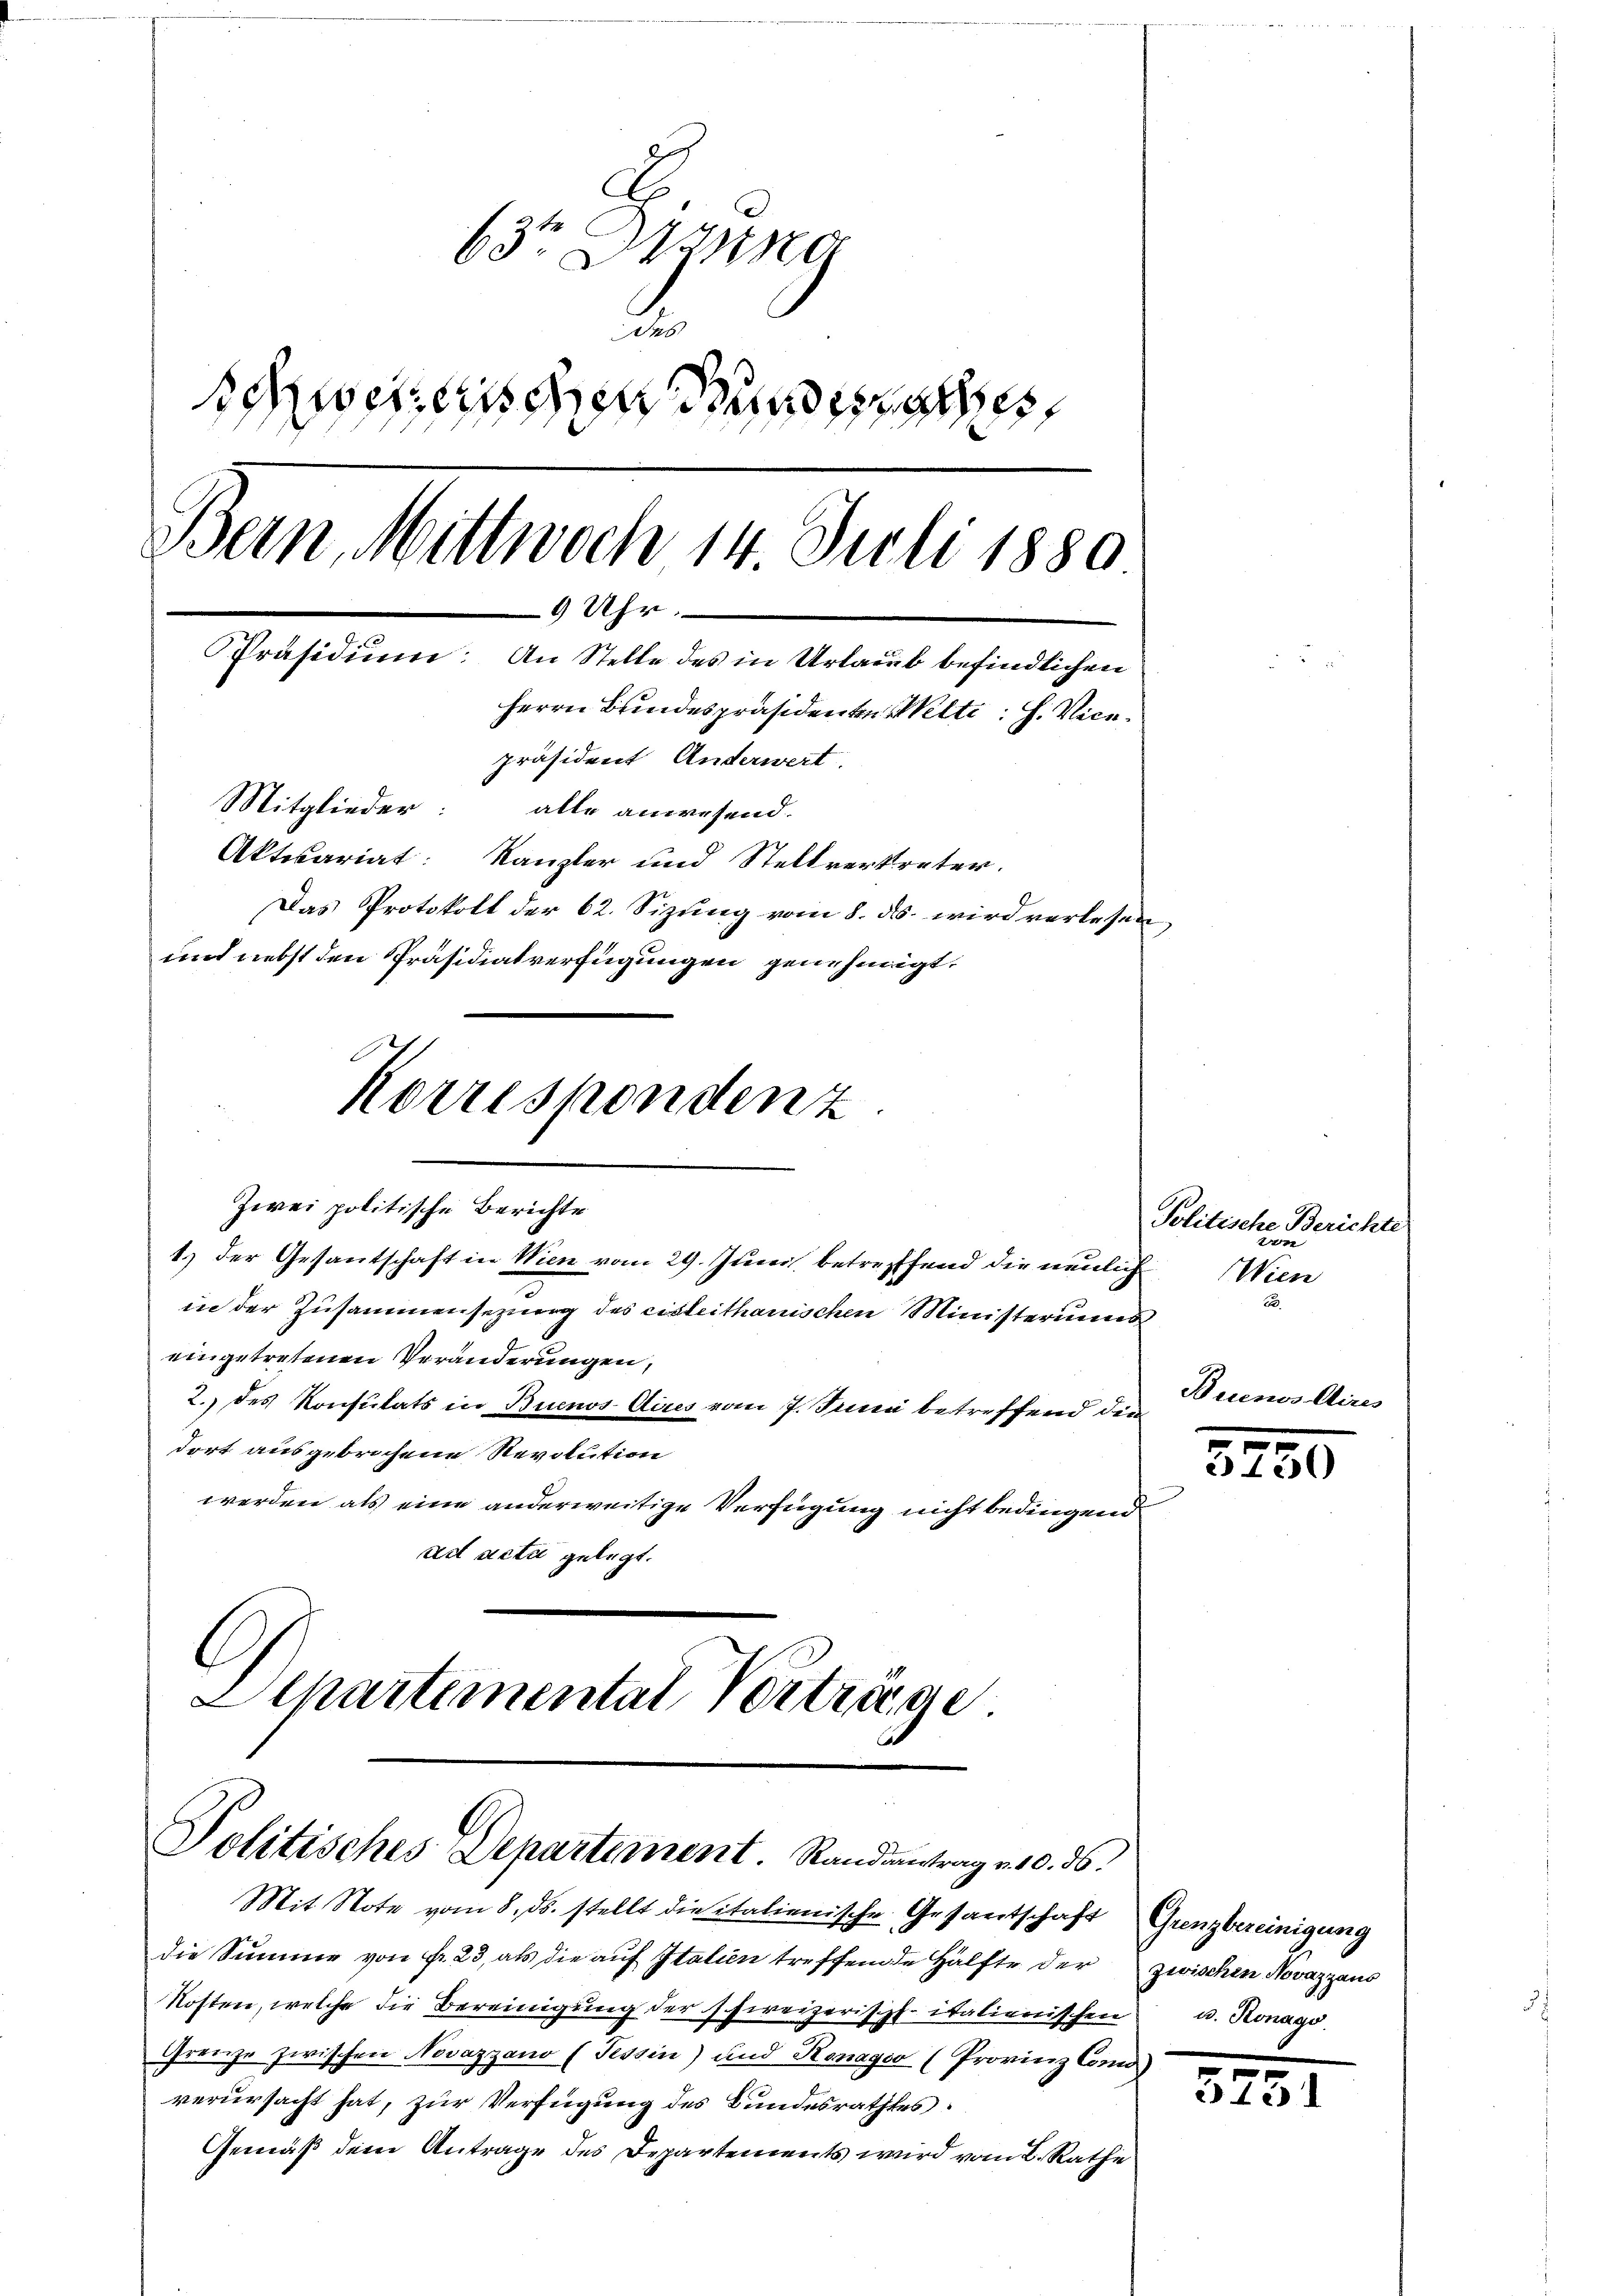
63te Hanno
.
Schweizerischen Stunde
Bern, Mittwoch 14. Juli 1880
9 Uhr.
e
Präsidium. An Stelle des in Urlaub befindlichen
Herrn Bundespräsidenten Welte. H. Vicepräsident Anderwert
Mitglieder:
alle anwesend.
Aktesariat: Kanzler und Stellvertreter.
Das Protokoll der 62. Sizung vom 8. ds. wird verlesen
und nebst den Präsidialverfügungen genehmigt,
Korrespondenz

in der Zusammensezung des Eisleithanischen Ministeriums
eingetretenen Veränderungen,
2.) des Konsulats in Buenos Aires vom 7. Juni betreffend die
dort ausgebrochene Revolution
werden als eine anderweitige Verfügung nicht bedingend
ad acta gelegt.

Zwei politische Berichte
1.) Der Gesantschaft in Wien vom 29. Juni betreffend die neulich

C
Departemental Verträge
Politisches Departement. Randantrag v. 10. ds.
Mit Note vom 8. ds. stellt die italienische Gesantschaft Grenzbereinigung

die Summe von Fr. 23, als die auf Italien treffende Hälfte der zwischen Novazzaus
Kosten, welche die Bereinigung der schweizerischfitalienischen u. Konago
Grenze zwischen Novazzano (Tessin) und Konagio (Provinz Comd)
verursacht hat, zur Verfügung des Bundesrathes:
Gemäß dem Antrage des Departements wird vom 2. Rathe

Politische Berichte
99
Wien
2

een

.
2120)

Cire.

573